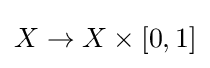
X\to X\times [0,1]